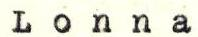
Lonna